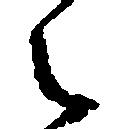
之